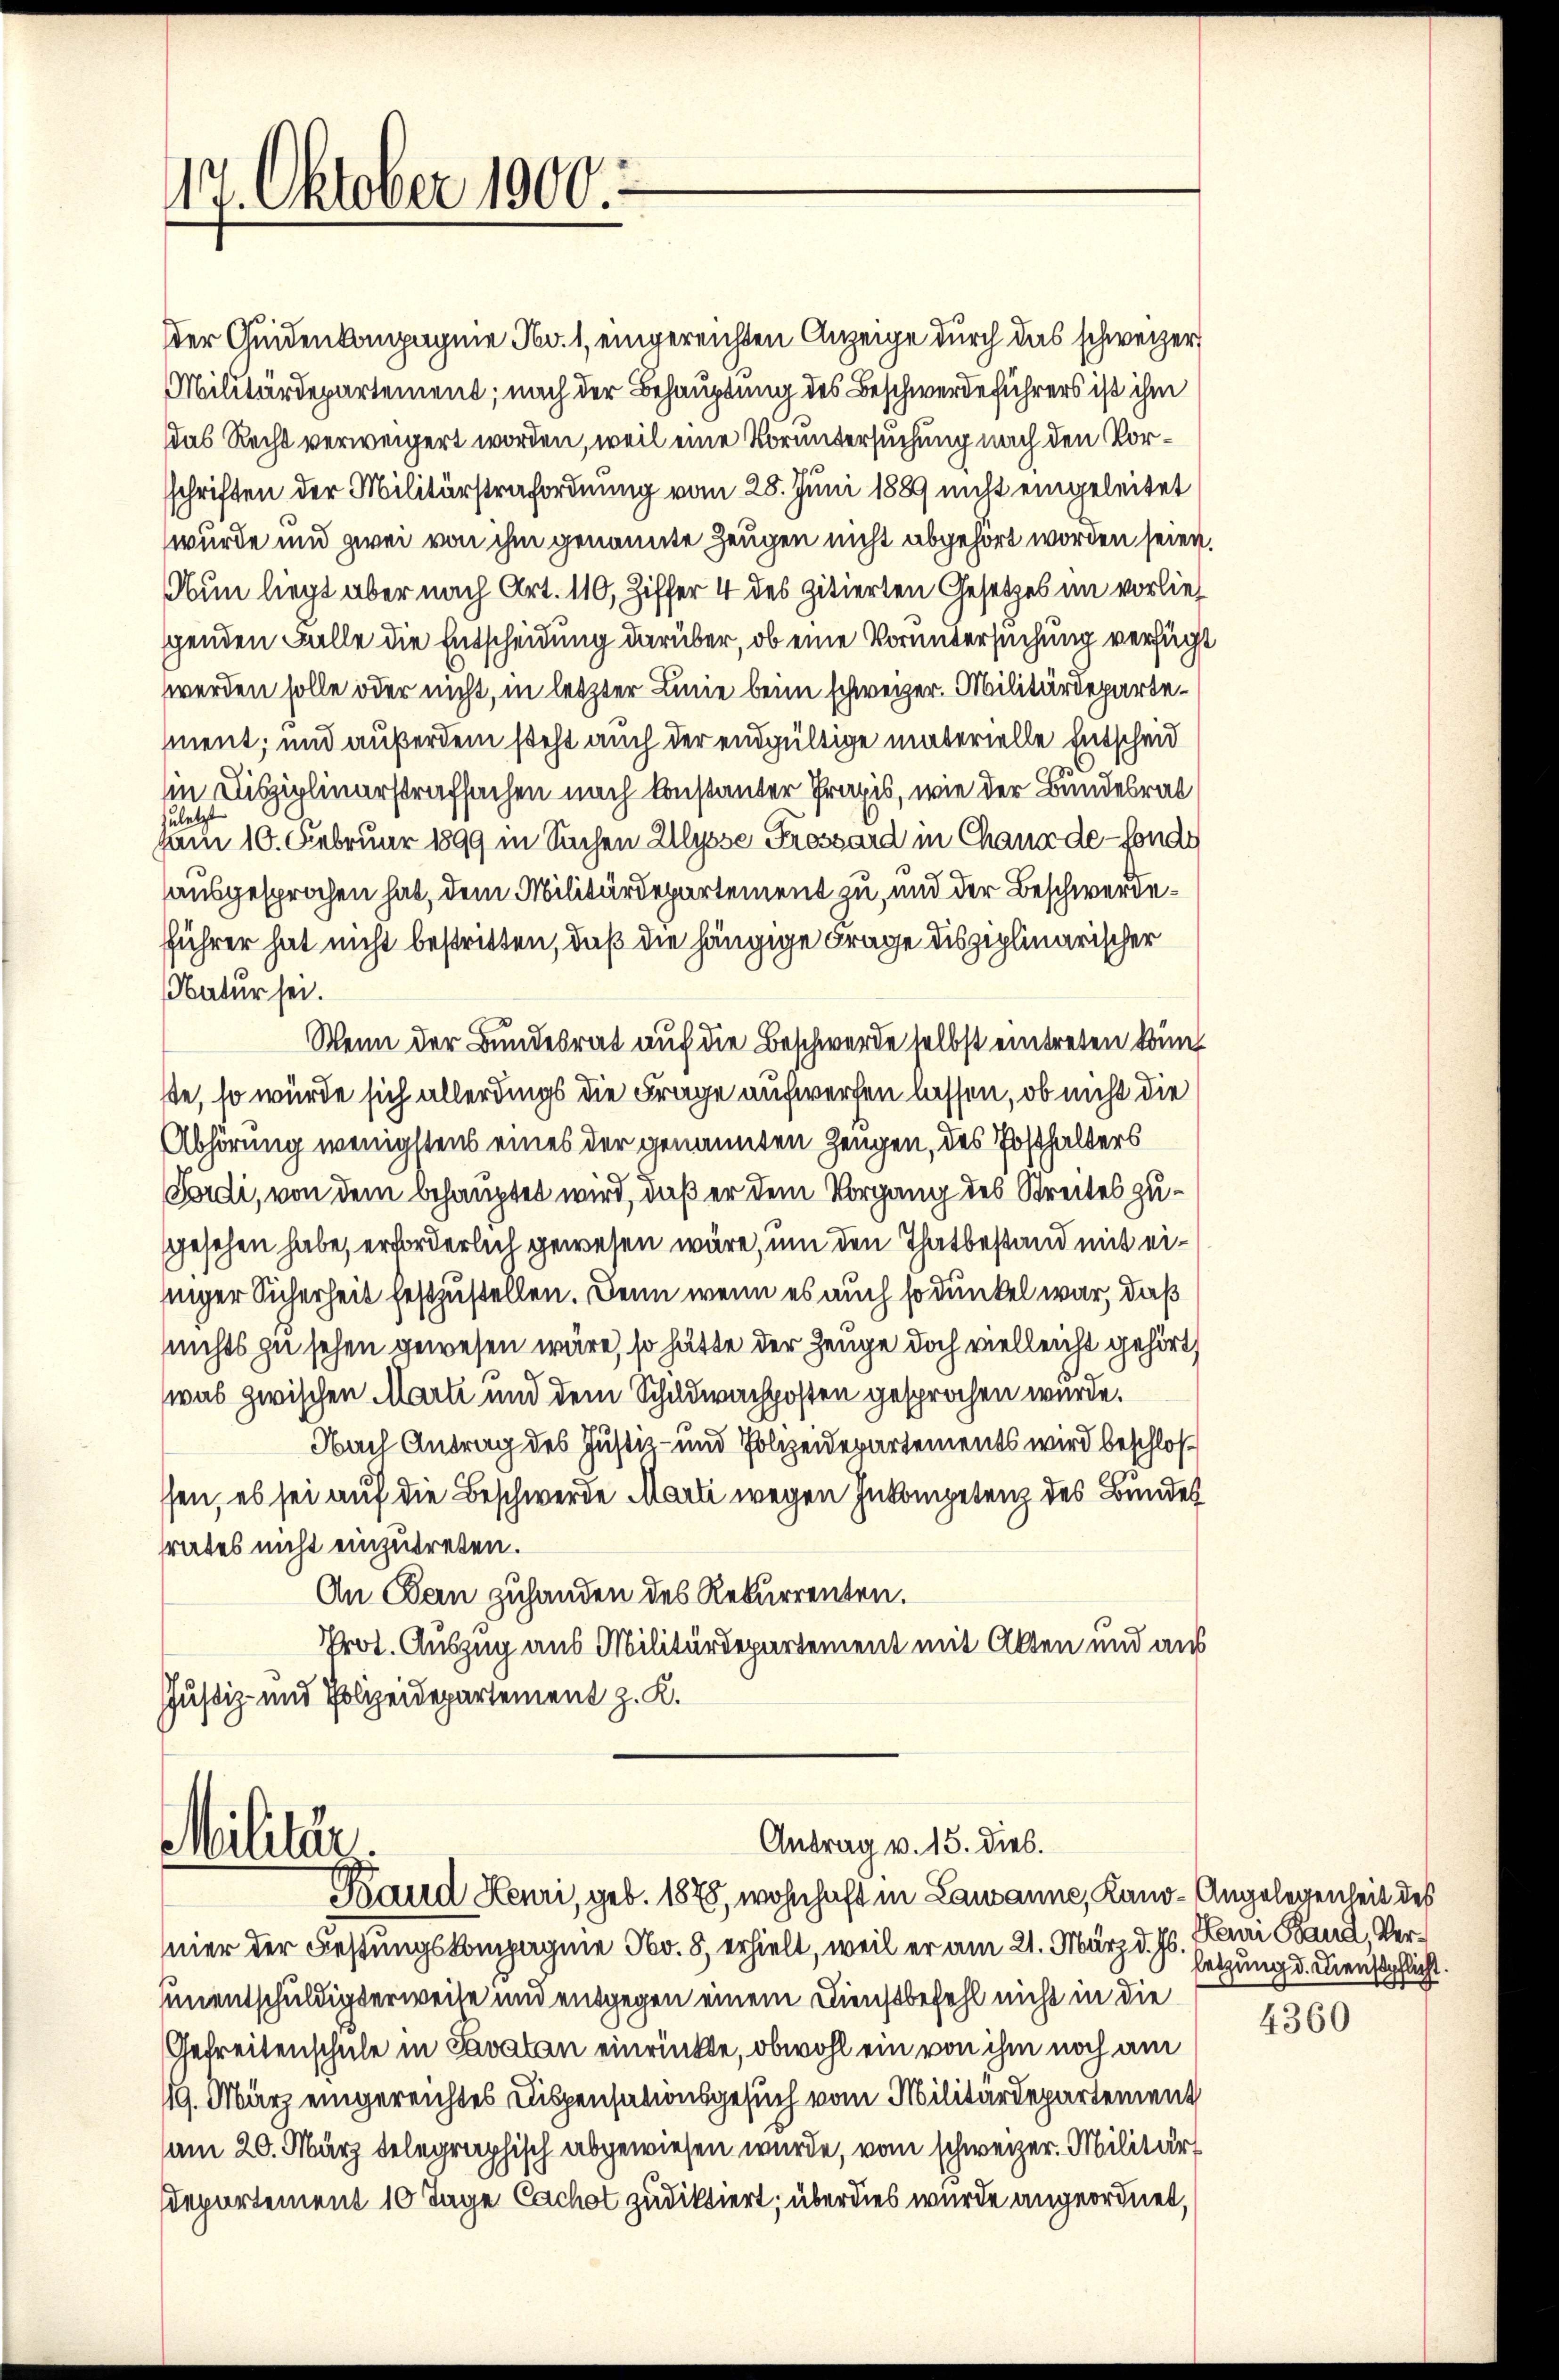
417. Oktober 1900.

er Quidenkompagnie Nov. 1, eingereichten Anzeige durch das schweizer
Militärdepartement; nach der Behauptung des Beschwerdeführers ist ihm
das Recht verweigert worden, weil eine Voruntersuchung nach den Vorsschriften der Militärstrafordnung vom 28. Juni 1889 nicht eingeleitet
wurde und zwei von ihm genannte Zeugen nicht abgehört worden seien.
Nun liegt aber nach Art. 110, Ziffer 4 des zitierten Gesetzes im vorlief
scenden Falle die Entscheidung darüber, ob eine Voruntersuchung verfügt
werden solle oder nicht, in letzter Linie beim schweizer. Militärdepartement; und außerdem steht auch der endgültige materielle Entscheid
in Disziplinerstrafsachen nach konstanter Praxis, wie der Bundesrat
zuletzt
am 10. Februar 1899 in Sachen Ulysse Frossard in Chaux de sonde
ausgesprochen hat, dem Militärdepartement zu, und der Beschwerdeführer hat nicht bestritten, daß die hängige Frage disziplinarischer
Natur sei.
Wenn der Bundesrat auf die Beschwerde selbst eintreten könnt.
ste, so würde sich allerdings die Frage aufwerfen lassen, ob nicht die
Abhörung wenigstens eines der genannten Zeugen, des Posthalters
Fordi, von dem behauptet wird, daß er dem Vorgang des Streites zugesehen habe, erforderlich gewesen wäre, um den Thatbestand mit einiger Sicherheit festzustellen. Denn wenn es auch so dunkel war, daß
nnichts zu sehen gewesen wäre, so hätte der Zeuge doch vielleicht gehört,
was zwischen Marti und dem Schildwachposten gesprochen wurde.
Nach Antrag des Justiz- und Polizeidepartements wird beschloß
ssen, es sei auf die Beschwerde Marti wegen Inkompetenz des Bundes
rates nicht einzutreten.
An Bau zuhanden des Rekurrenten.
Prot. Auszug aus Militärdepartement mit Akten und aus
Justiz- und Polizeidepartement z. K.

Antrag v. 15. Dieb.
Militär
Baud Heuri, geb. 1878, wohnhaft in Lausanne, Kano-Angelegenheit des

mier der Festungskompagnie No. 8, erhielt, weil er am 21. März d. Js. Herr Band, Versumentschuldigterweise und entgegen einem Dienstbefehl nicht in die
Gefreitenschule in Savatan einrückte, obwohl ein von ihm noch am
19. März eingereichtes Dispensationsgesuch vom Militärdepartement
am 20. März belegraphisch abgewiesen wurde, vom schweizer. Militär
Departement 10 Tage Cachof zudiktiert; überdies wurde angeordnet,

setzung d. Dienstpflicht.

4360